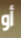
أو